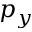
p _ { y }